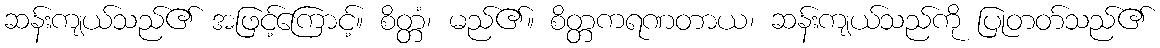
ဆန်းကျယ်သည်၏ အဖြင့်ကြောင့်။ စိတ္တံ၊ မည်၏။ စိတ္တကရဏတာယ၊ ဆန်းကျယ်သည်ကို ပြုတတ်သည်၏